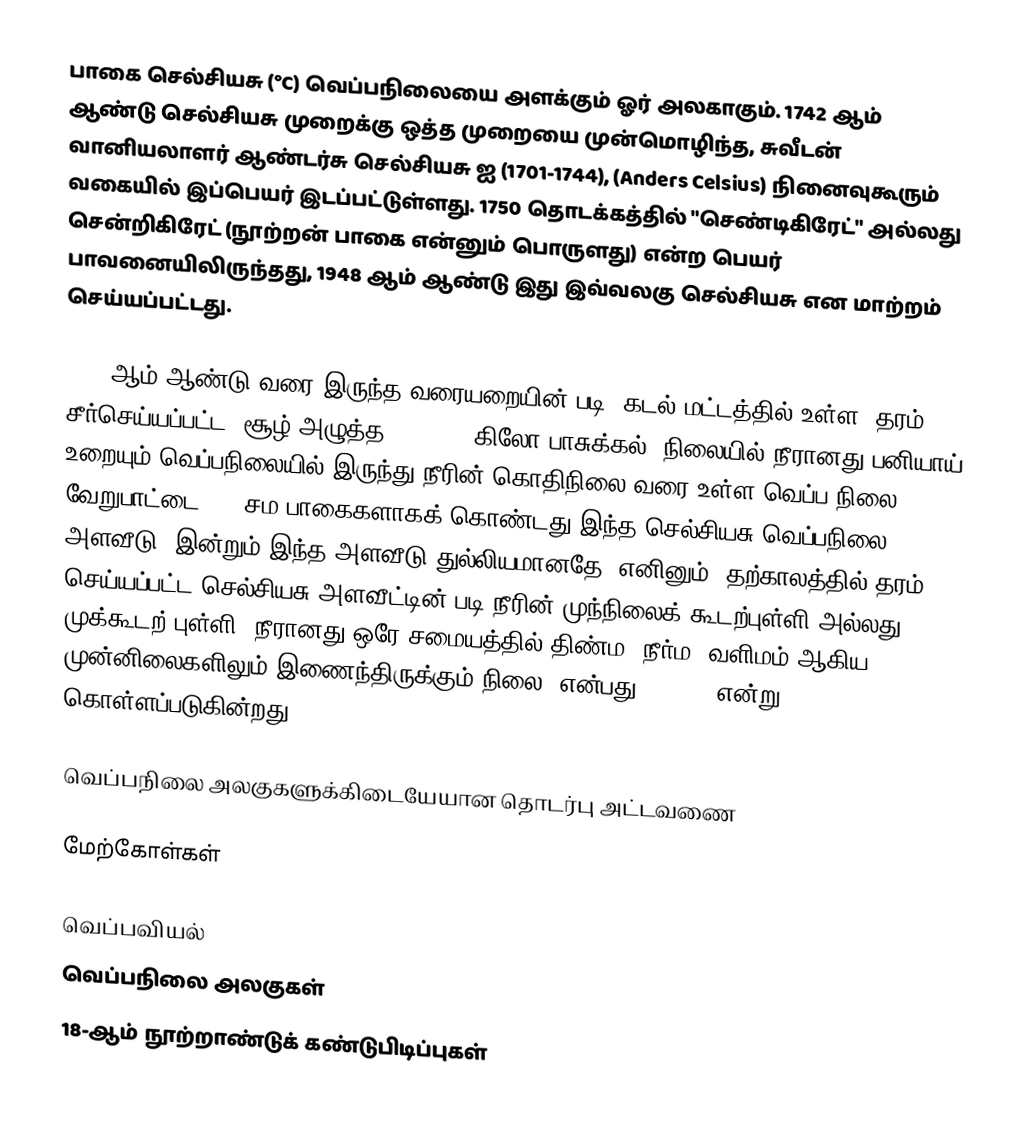
பாகை செல்சியசு (°C) வெப்பநிலையை அளக்கும் ஓர் அலகாகும். 1742 ஆம் ஆண்டு செல்சியசு முறைக்கு ஒத்த முறையை முன்மொழிந்த, சுவீடன் வானியலாளர் ஆண்டர்சு செல்சியசு ஐ (1701-1744), (Anders Celsius) நினைவுகூரும் வகையில் இப்பெயர் இடப்பட்டுள்ளது. 1750 தொடக்கத்தில் "செண்டிகிரேட்" அல்லது சென்றிகிரேட் (நூற்றன் பாகை என்னும் பொருளது) என்ற பெயர் பாவனையிலிருந்தது, 1948 ஆம் ஆண்டு இது இவ்வலகு செல்சியசு என மாற்றம் செய்யப்பட்டது.

1954 ஆம் ஆண்டு வரை இருந்த வரையறையின் படி, கடல் மட்டத்தில் உள்ள, தரம் சீர்செய்யப்பட்ட, சூழ் அழுத்த (101.325 கிலோ பாசுக்கல்) நிலையில் நீரானது பனியாய் உறையும் வெப்பநிலையில் இருந்து நீரின் கொதிநிலை வரை உள்ள வெப்ப நிலை வேறுபாட்டை 100 சம பாகைகளாகக் கொண்டது இந்த செல்சியசு வெப்பநிலை அளவீடு. இன்றும் இந்த அளவீடு துல்லியமானதே, எனினும், தற்காலத்தில் தரம் செய்யப்பட்ட செல்சியசு அளவீட்டின் படி நீரின் முந்நிலைக் கூடற்புள்ளி அல்லது முக்கூடற் புள்ளி (நீரானது ஒரே சமையத்தில் திண்ம, நீர்ம, வளிமம் ஆகிய முன்னிலைகளிலும் இணைந்திருக்கும் நிலை) என்பது 0.01 °C என்று கொள்ளப்படுகின்றது.

வெப்பநிலை அலகுகளுக்கிடையேயான தொடர்பு அட்டவணை

மேற்கோள்கள்

வெப்பவியல்
வெப்பநிலை அலகுகள்
18-ஆம் நூற்றாண்டுக் கண்டுபிடிப்புகள்